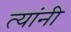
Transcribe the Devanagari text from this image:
त्‍यांंनी